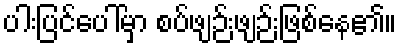
ပါးပြင်ပေါ်မှာ စပ်ဖျဉ်းဖျဉ်းဖြစ်နေ၏။